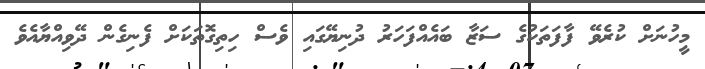
މީހުނަށް ކުރެވޭ ފާފަތަކުގެ ސަޒާ ބައެއްފަހަރު ދުނިޔޭގައި ވެސް ހިތިގޮތަކަށް ފެނިގެން ދޭވިއްޔާއެވެ